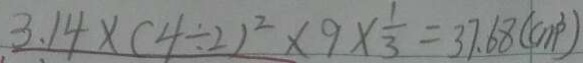
3 . 1 4 \times ( 4 \div 2 ) ^ { 2 } \times 9 \times \frac { 1 } { 3 } = 3 7 . 6 8 ( c m ^ { 3 } )